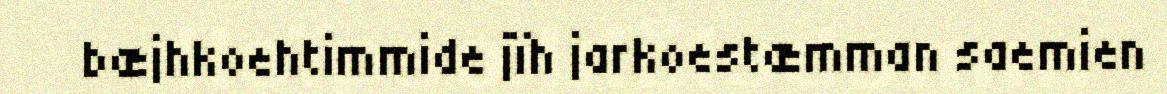
bæjhkoehtimmide jïh jarkoestæmman saemien